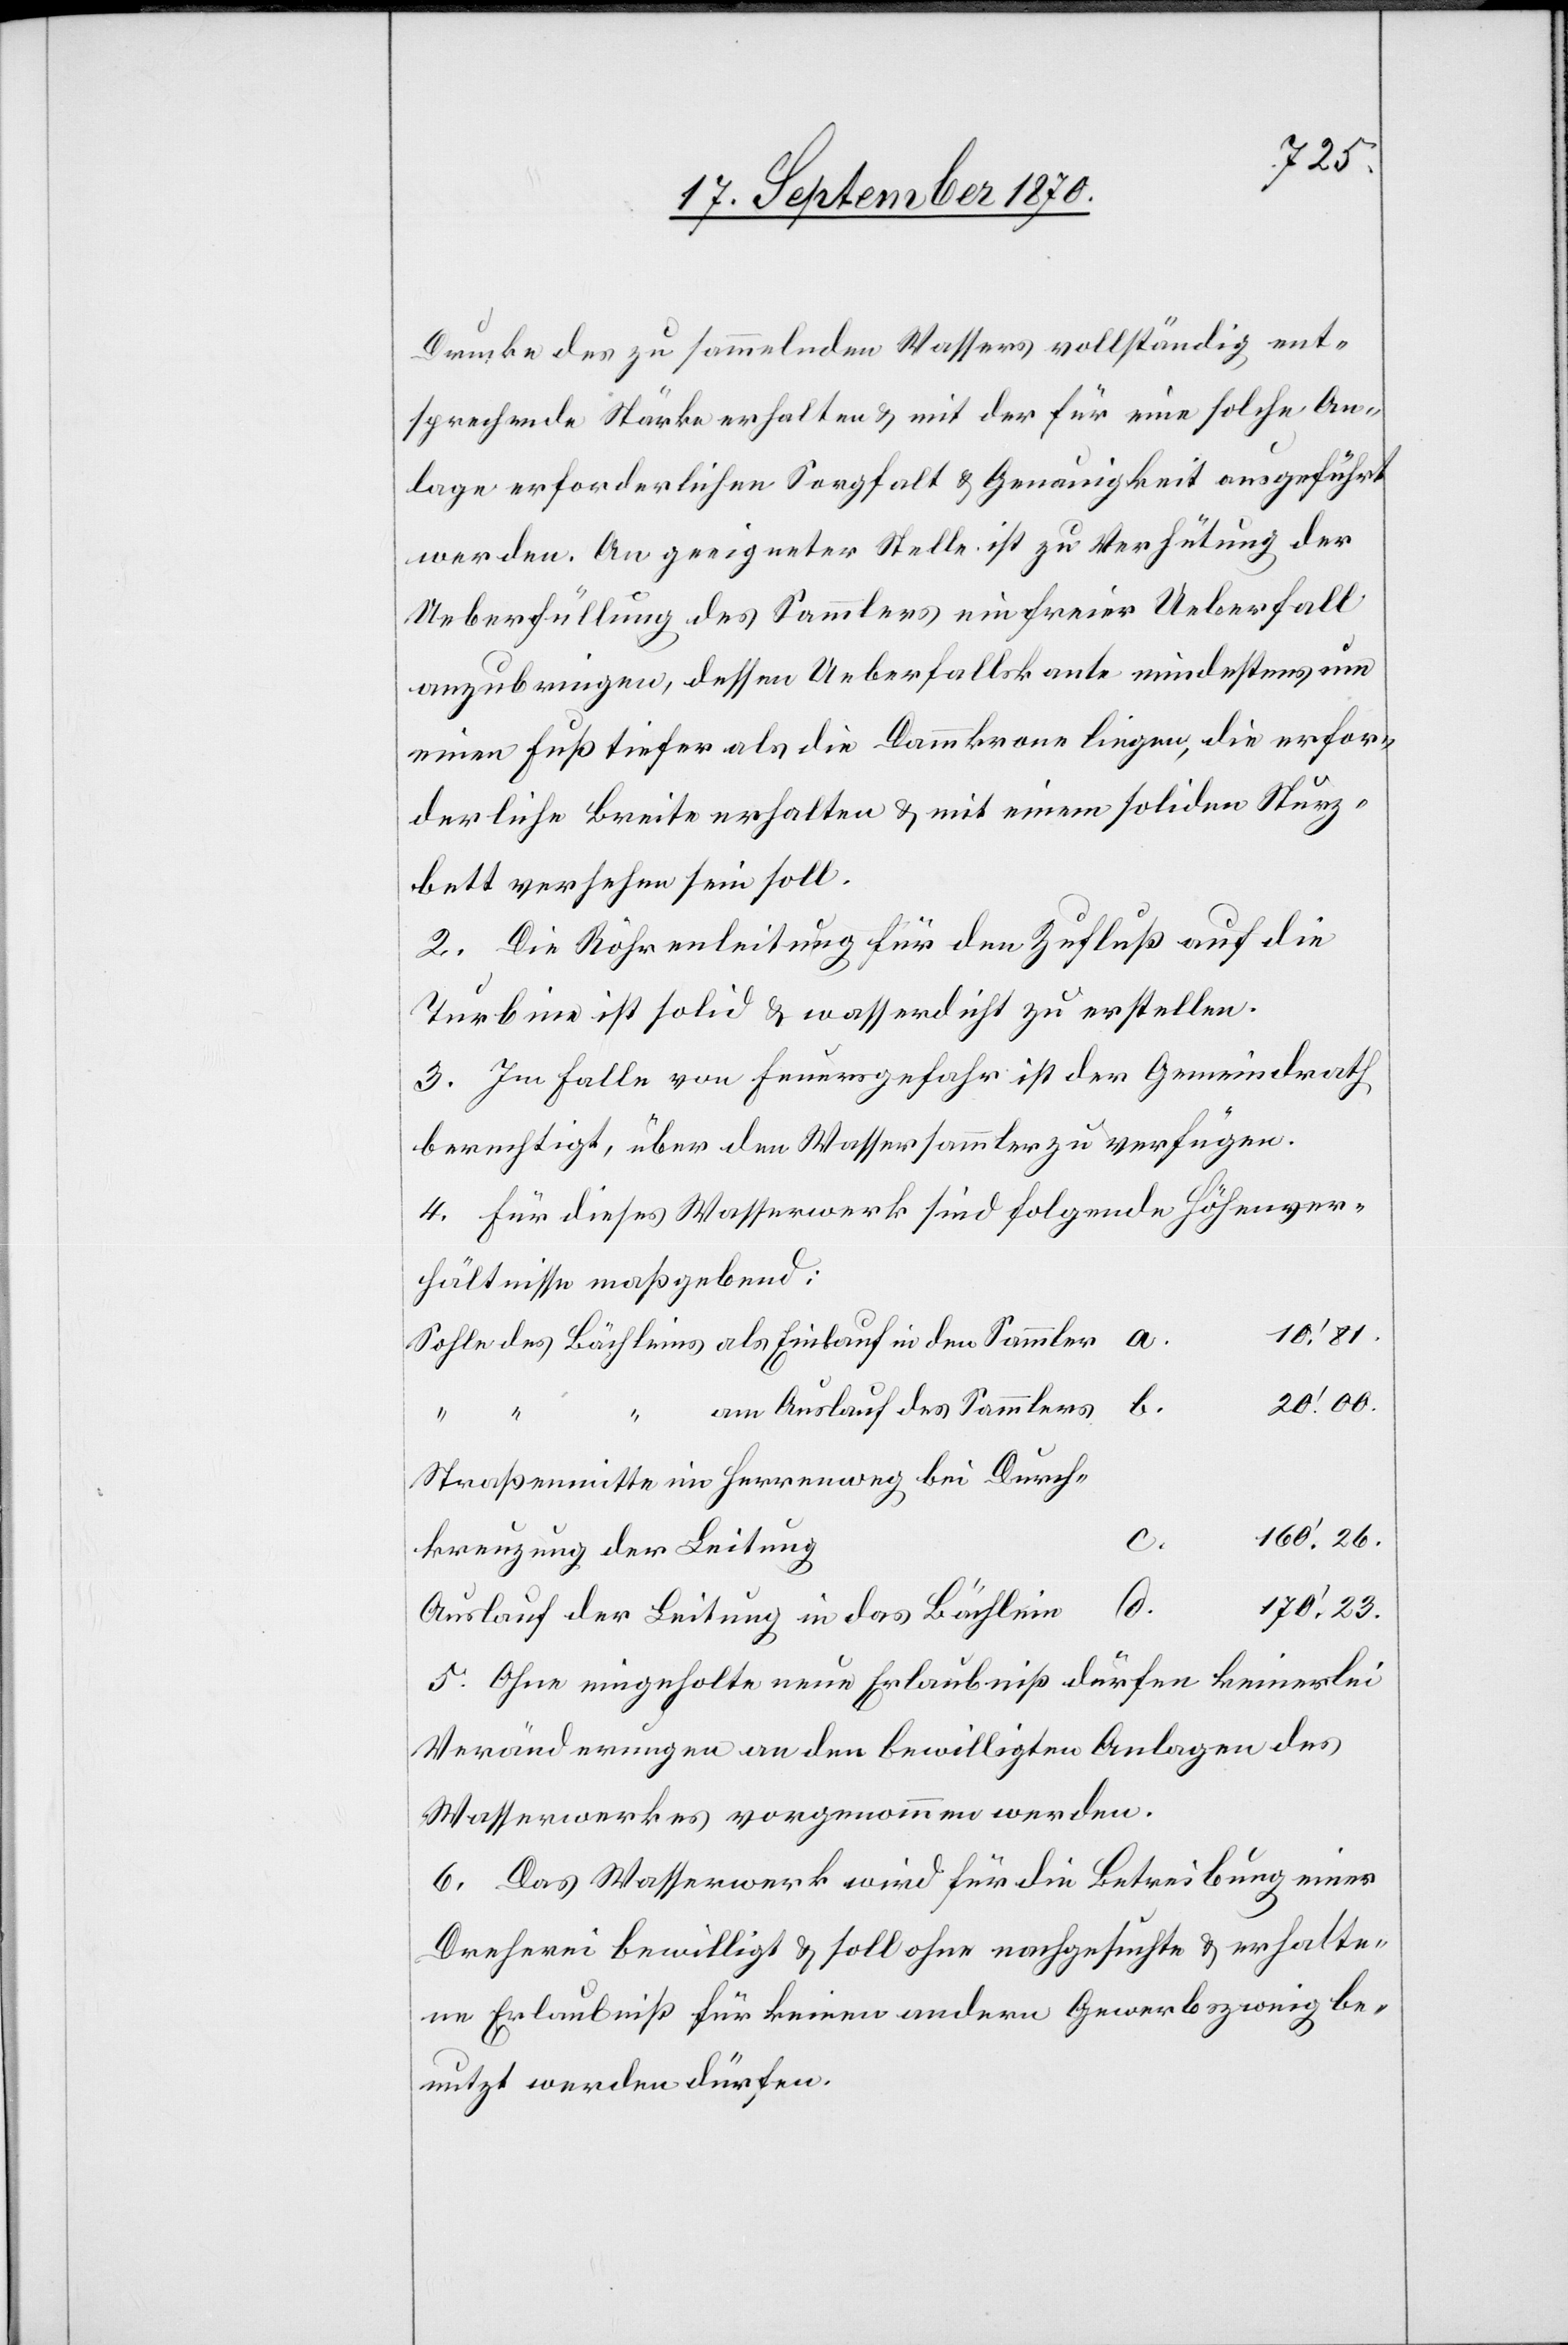
Drucke des zu sammelnden Wassers vollständig ent¬
sprechende Stärke erhalten & mit der für eine solche An¬
lage erforderlichen Sorgfalt & Genauigkeit ausgeführt
werden. An geeigneter Stelle ist zu Verhütung der
Ueberfüllung des Sammlers ein freier Ueberfall
anzubringen, dessen Ueberfallskante mindestens um
einen Fuß tiefer als die Dammkrone liegen, die erfor¬
derliche Breite erhalten & mit einem soliden Sturz¬
bett versehen sein soll.
2. Die Röhrenleitung für den Zufluß auf die
Turbine ist solid & wasserdicht zu erstellen.
3. Im Falle von Feuergefahr ist der Gemeindrath
berechtigt, über den Wassersammler zu verfügen.
4. Für dieses Wasserwerk sind folgende Höhenver¬
hältnisse maßgebend:
10.’ 81.
20.’ 00.
am Auslauf des Sammlers
c.
Straßenmitte im Herrenweg bei Durch¬
160.’ 26.
d.
170.’ 23.
Auslauf der Leitung in das Bächlein
5. Ohne eingeholte neue Erlaubniß dürfen keinerlei
Veränderungen an den bewilligten Anlagen des
Wasserwerkes vorgenommen werden.
6. Das Wasserwerk wird für die Betreibung einer
Dreherei bewilligt & soll ohne nachgesuchte & erhalte¬
ne Erlaubniß für keinen andern Gewerbszweig be¬
nutzt werden dürfen.